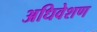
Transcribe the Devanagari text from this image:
अधिवेशण